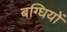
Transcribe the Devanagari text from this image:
बग्घियों